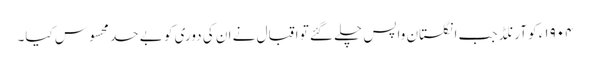
١٩٠۴ء کو آرنلڈ جب انگلستان واپس چلے گئے تو اقبال نے ان کی دوری کو بے حد محسوس کیا۔